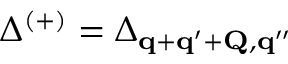
\Delta ^ { ( + ) } = \Delta _ { \mathbf { q } + \mathbf { q ^ { \prime } } + \mathbf { Q } , \mathbf { q ^ { \prime \prime } } }